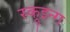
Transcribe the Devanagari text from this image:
स्क्रुइन्ग